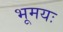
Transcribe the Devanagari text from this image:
भूमयः